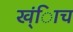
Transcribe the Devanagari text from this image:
ख्ंिाच